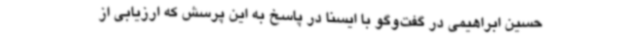
حسین ابراهیمی در گفت‌وگو با ایسنا در پاسخ به این پرسش که ارزیابی از